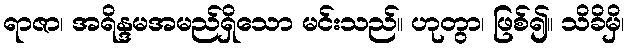
ရာဇာ၊ အရိန္ဒမအမည်ရှိသော မင်းသည်။ ဟုတွာ၊ ဖြစ်၍။ သိခိမှိ၊